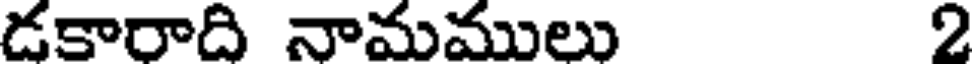
డకారాది నామములు 2